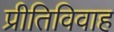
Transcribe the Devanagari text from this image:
प्रीतिविवाह